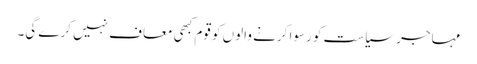
مہاجر سیاست کو رسوا کرنے والوں کو قوم کبھی معاف نہیں کرے گی۔